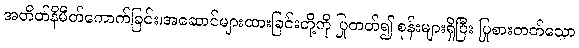
အတိတ်နိမိတ်ကောက်ခြင်း၊အဆောင်များထားခြင်းတို့ကို ပြုတတ်၍ စုန်းများရှိပြီး ပြုစားတတ်သော